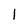
Character: l